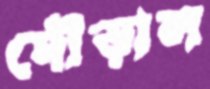
দৌড়াল